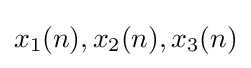
x_{1}(n),x_{2}(n),x_{3}(n)